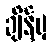
ချိန်မှ